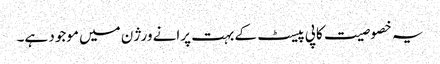
یہ خصوصیت کاپی پیسٹ کے بہت پرانے ورژن میں موجود ہے۔